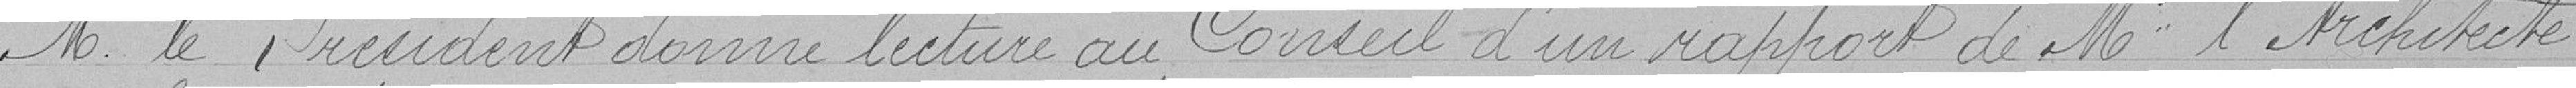
M. le Président donne lecture au Conseil d'un rapport de M. l'Architecte